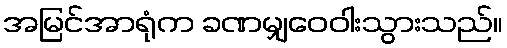
အမြင်အာရုံက ခဏမျှဝေဝါးသွားသည်။